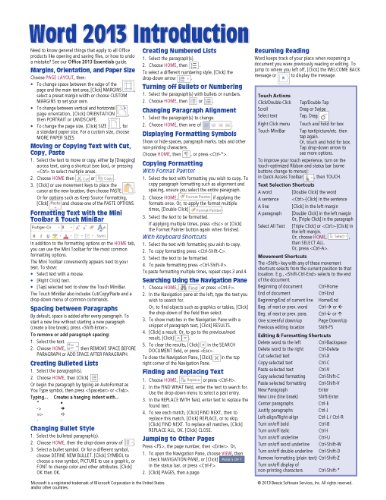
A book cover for Microsoft Word 2013 Introduction Quick Reference Guide (Cheat Sheet of Instructions, Tips & Shortcuts - Laminated Card); Beezix Inc.; Computers & Technology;